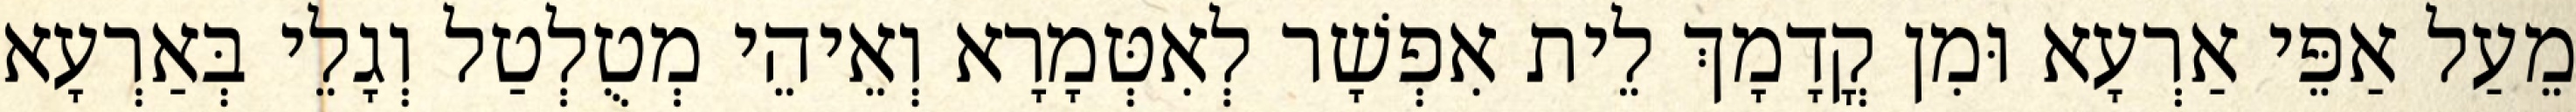
מֵעַל אַפֵּי אַרְעָא וּמִן קֳדָמָךְ לֵית אִפְשָׁר לְאִטְּמָרָא וְאֵיהֵי מְטֻלְטַל וְגָלֵי בְּאַרְעָא